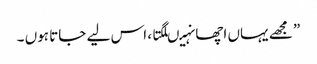
” مجھے یہاں اچھا نہیںلگتا ، اس لیے جاتا ہوں ۔